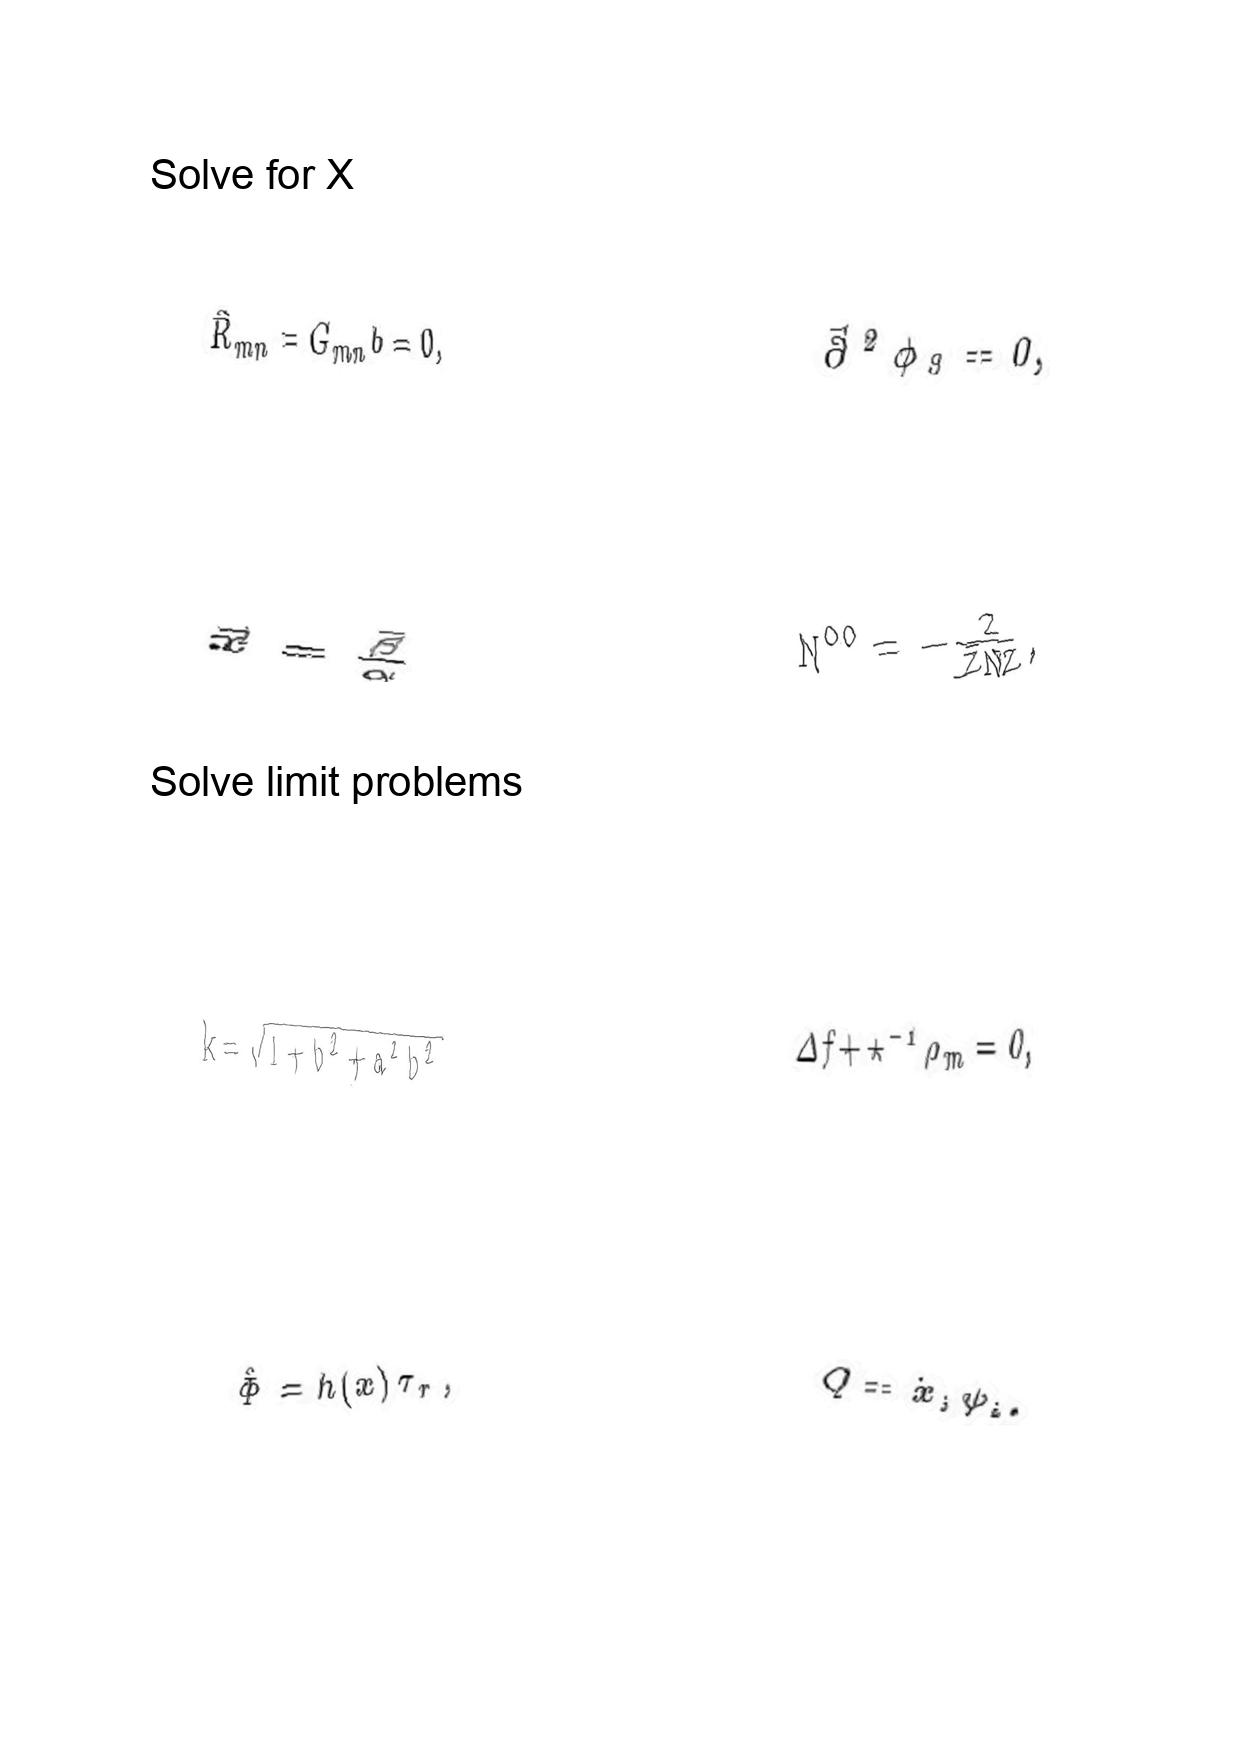
LaTeX transcription:
\hat { R } _ { m n } = G _ { m n } b = 0 ,
\vec { x } = \frac { \vec { \beta } } { \alpha }
k = \sqrt { 1 + b ^ { 2 } + a ^ { 2 } b ^ { 2 } }
\hat { \Phi } = h \lparen x \rparen \tau _ { r } ,
\vec { \partial } ^ { 2 } \phi _ { 9 } = 0 ,
N ^ { 0 0 } = - \frac { 2 } { \bar { Z } N Z } ,
\Delta f + \star ^ { - 1 } \rho _ { m } = 0 ,
Q = \dot { x } _ { i } \psi _ { i } .